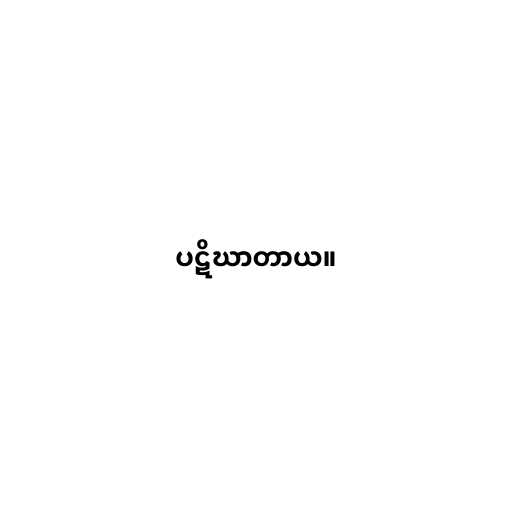
ပဋိဃာတာယ။